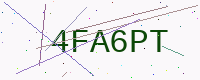
Text: 4FA6PT